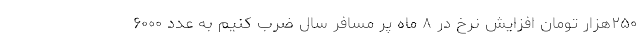
۲۵۰هزار تومان افزایش نرخ در ۸ ماه پر مسافر سال ضرب کنیم به عدد ۶۰۰۰